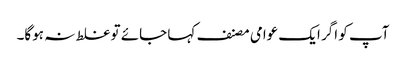
آپ کو اگر ایک عوامی مصنف کہا جائے تو غلط نہ ہوگا۔